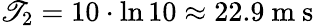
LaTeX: \mathscr{T}_{2}=10\cdot\ln10\approx22.9\mathrm{{~m~s~}}